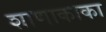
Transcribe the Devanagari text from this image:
शाणाकाका